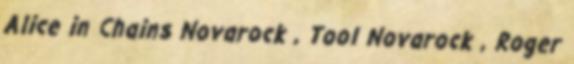
Alice in Chains Novarock , Tool Novarock , Roger